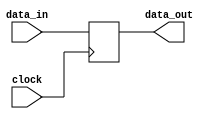
module unit_delay
# (
    parameter WIDTH = 1
) 
(
    input                      clock,
    input      [ WIDTH - 1:0 ] data_in,
    output reg [ WIDTH - 1:0 ] data_out
);

    always @ (posedge clock)
        data_out <= data_in;

endmodule